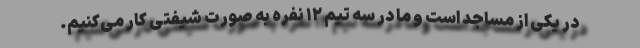
در یکی از مساجد است و ما در سه تیم ۱۲ نفره به صورت شیفتی کار می‌کنیم.